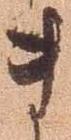
ま